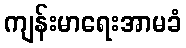
ကျန်းမာရေးအာမခံ